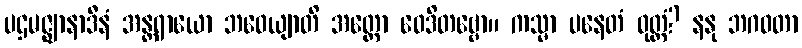
ပဌမဇ္ဈာနာဒီနံ အန္တရာယော ဘဝေယျာတိ အတ္ထော ဝေဒိတဗ္ဗော။ ကသ္မာ ပနေတံ ဝုတ္တံ? နနု ဘဂဝတာ